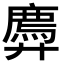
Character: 𫸠